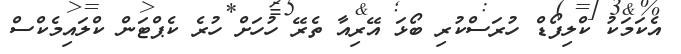
އެކަމަކު ކްލިފޯޑް ހުރަސްކުރި ބޯޅަ އޭރިއާ ތެރޭ ހުހަށް ހުރެ ކެޕްޓަން ކްލައިމެކްސް